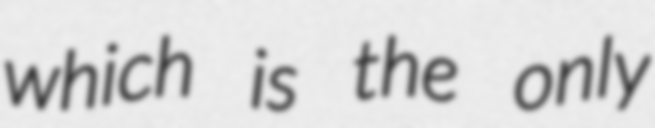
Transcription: which is the only